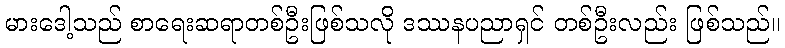
မားဒေါ့သည် စာရေးဆရာတစ်ဦးဖြစ်သလို ဒဿနပညာရှင် တစ်ဦးလည်း ဖြစ်သည်။